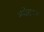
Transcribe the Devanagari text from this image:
अघेराच्या